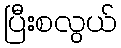
ပြီးစလွယ်